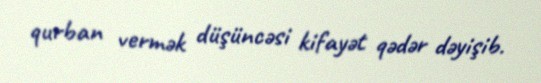
qurban vermək düşüncəsi kifayət qədər dəyişib.